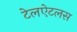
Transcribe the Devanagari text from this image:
टेलऐटलस